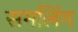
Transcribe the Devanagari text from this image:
समलिंग